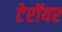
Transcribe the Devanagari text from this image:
टेरॉयर